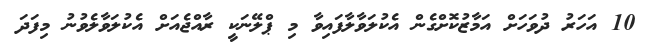
10 އަހަރު ދުވަހަށް އަމާޒުކޮށްގެން އެކުލަވާލާފައިވާ މި ޕްލޭނަކީ ރާއްޖެއަށް އެކުލަވާލެވުނު މިފަދަ